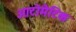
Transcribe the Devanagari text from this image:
आटोमैटिक